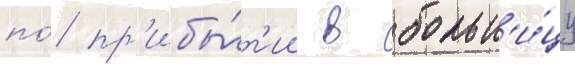
по́ пр'ибы́т'ии в больн'и́цу